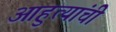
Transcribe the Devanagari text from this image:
आहुत्यांची